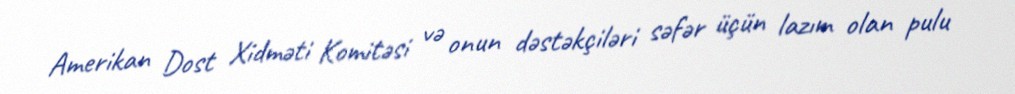
Amerikan Dost Xidməti Komitəsi və onun dəstəkçiləri səfər üçün lazım olan pulu